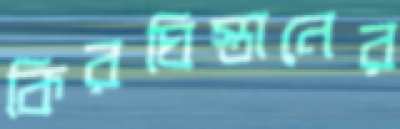
কিরঘিস্তানের